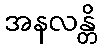
အနလန္တိ